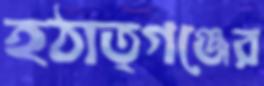
হঠাত্গঞ্জের